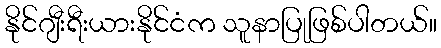
နိုင်ဂျီးရီးယားနိုင်ငံက သူနာပြုဖြစ်ပါတယ်။